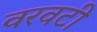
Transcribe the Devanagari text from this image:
वरवटी